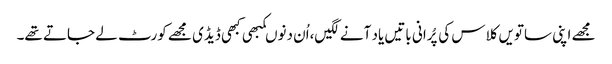
مجھے اپنی ساتویں کلاس کی پُرانی باتیں یاد آنے لگیں،اُن دنوںکبھی کبھی ڈیڈی مجھے کورٹ لے جاتے تھے۔